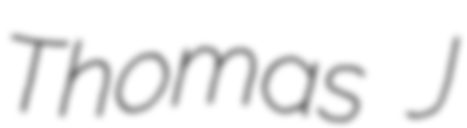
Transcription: Thomas J